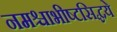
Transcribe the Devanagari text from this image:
नमश्चाभीष्टसिद्धये